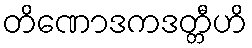
တိဏောဒကဒတ္တီဟိ